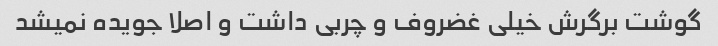
گوشت برگرش خیلی غضروف و چربی داشت و اصلا جویده نمیشد